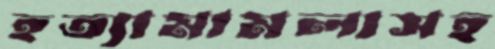
হত্যামামলাসহ